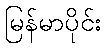
မြန်မာပိုင်း